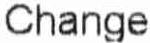
CHANGE